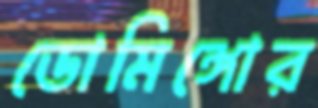
ডোমিঙ্গোর